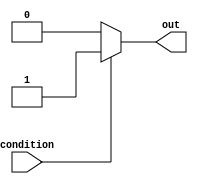
module conditional_example (
    input wire condition,
    output reg out
);

initial begin
    if (condition) begin
        out <= 1;
    end
    else begin
        out <= 0;
    end
end

endmodule